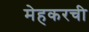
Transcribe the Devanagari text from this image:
मेहकरची